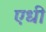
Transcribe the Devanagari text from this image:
एधी